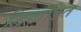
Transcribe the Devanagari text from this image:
द्विखंडित